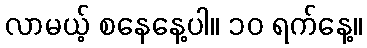
လာမယ့် စနေနေ့ပါ။ ၁၀ ရက်နေ့။